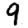
Digit: 9